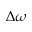
\Delta \omega